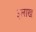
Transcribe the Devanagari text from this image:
३लाख